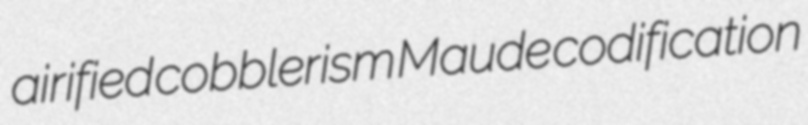
airified cobblerism Maude codification